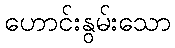
ဟောင်းနွမ်းသော